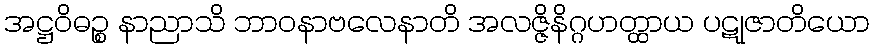
အဋ္ဌဝိဓဉ္စ နာညာသိ ဘာဝနာဗလေနာတိ အလဇ္ဇိနိဂ္ဂဟတ္ထာယ ပဋုဇာတိယော